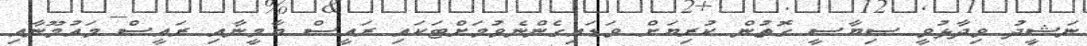
ނަޝީދު ވިދާޅުވީ ސިޔާސީ ގޮތުން ކުރިޔަށް ވަޑައިގެންނެވުމަށްޓަކައި ރައީސް ޔާމީނާއި ރައީސް މައުމޫނާއި